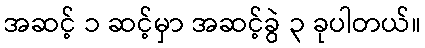
အဆင့် ၁ ဆင့်မှာ အဆင့်ခွဲ ၃ ခုပါတယ်။